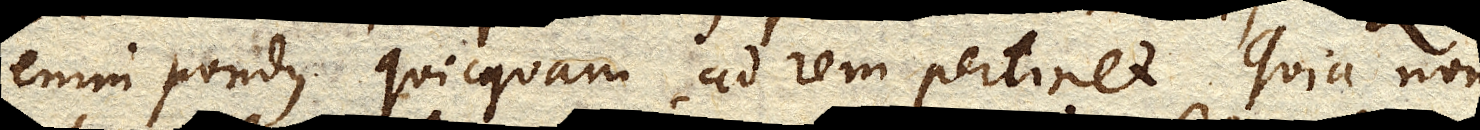
enim pondus quicquam ad rem pertinet. Quia non